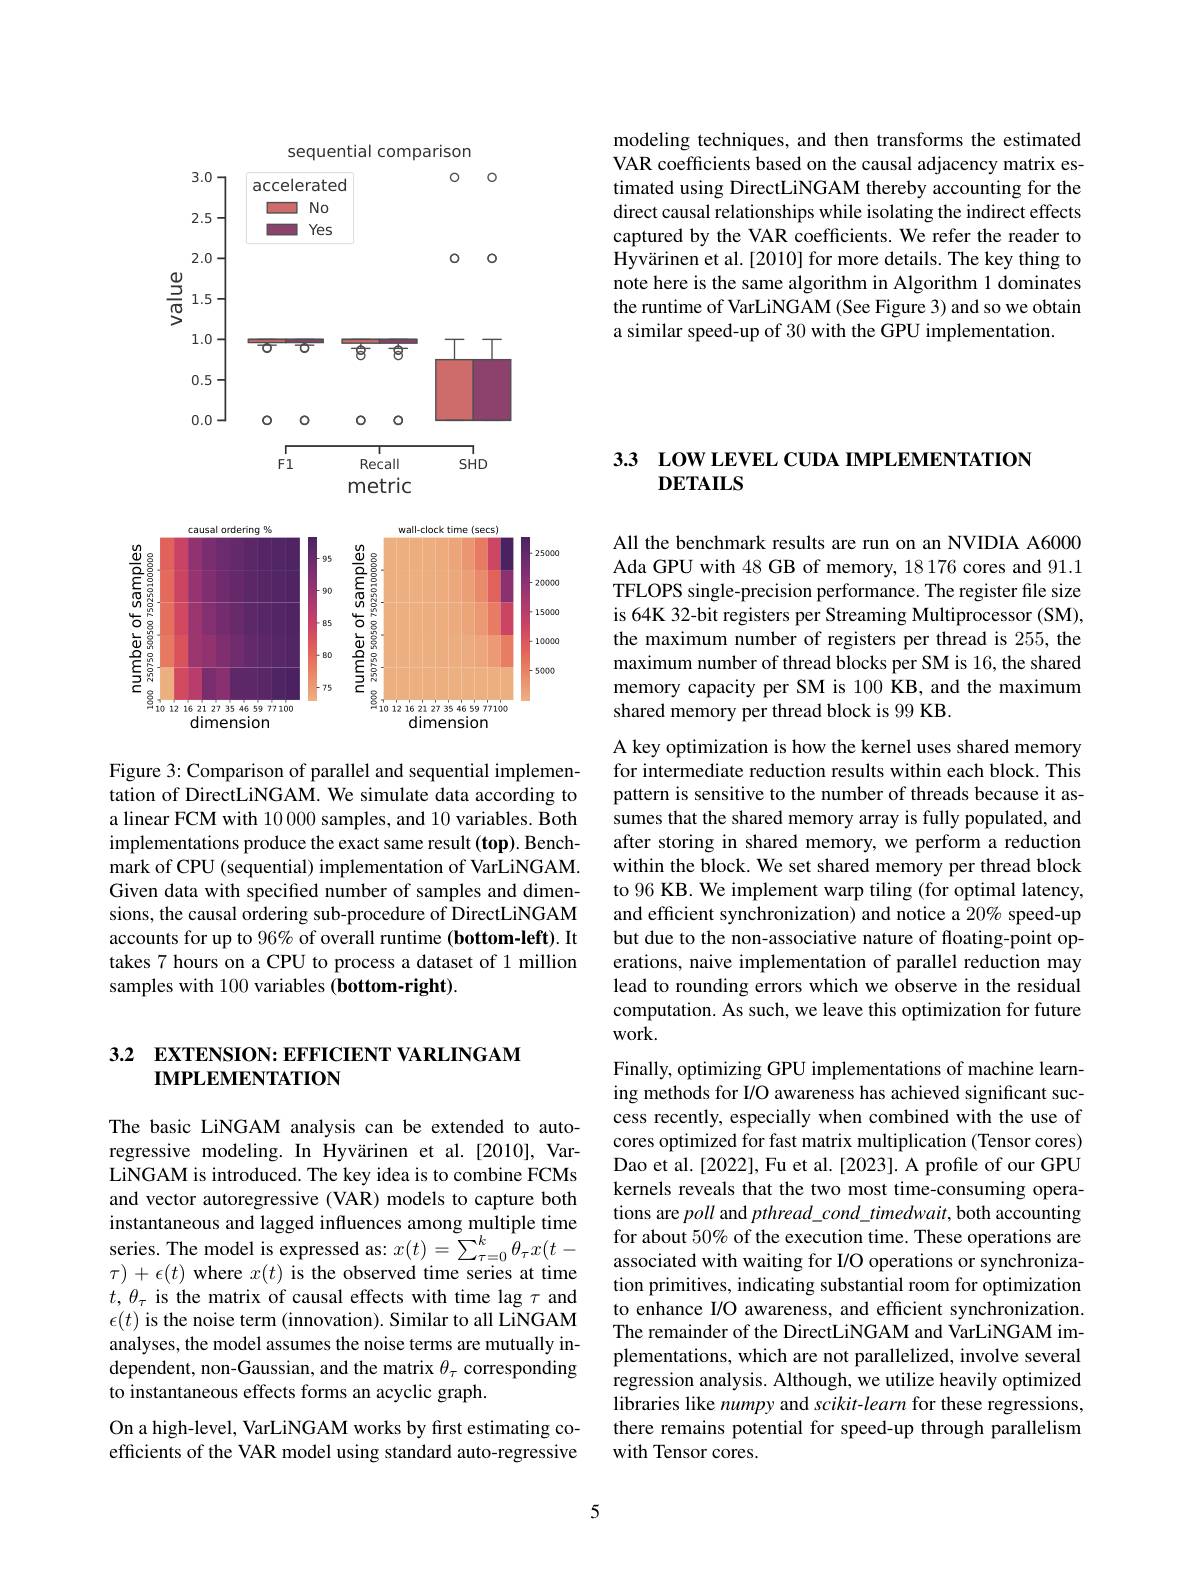
modeling techniques, and then transforms the estimated VAR coefficients based on the causal adjacency matrix estimated using DirectLiNGAM thereby accounting for the direct causal relationships while isolating the indirect effects captured by the VAR coefficients. We refer the reader to Hyvärinen et al.[2010] for more details. The key thing to note here is the same algorithm in Algorithm 1 dominates the runtime of VarLiNGAM (See Figure 3) and so we obtain a similar speed-up of 30 with the GPU implementation.

<FigureHere>
Figure 3: Comparison of parallel and sequential implemen-

tation of DirectLiNGAM. We simulate data according to a linear FCM with 10000 samples, and 10 variables. Both implementations produce the exact same result (top). Benchmark of CPU (sequential) implementation of VarLiNGAM. Given data with specified number of samples and dimensions, the causal ordering sub-procedure of DirectLiNGAM accounts for up to 96% of overall runtime (bottom-left). It takes 7 hours on a CPU to process a dataset of 1 million samples with 100 variables (bottom-right).

## 3.2 EXTENSION: EFFICIENT VARLINGAM IMPLEMENTATION

The basic LiNGAM analysis can be extended to autoregressive modeling.In Hyvärinen et al.[2010],VarLiNGAM is introduced. The key idea is to combine FCMs and vector autoregressive (VAR) models to capture both instantaneous and lagged influences among multiple time series. The model is expressed as: $x(t)=\sum_{\tau=0}^{k}\hat{\theta}_{\tau}x(t-$ $\tau)+\epsilon(t)$ where $x(t)$ is the observed time series at time $t,\theta_\tau$ is the matrix of causal effects with time lag $\tau$ and $\epsilon(t)$ is the noise term (innovation). Similar to all LiNGAM analyses, the model assumes the noise terms are mutually independent, non-Gaussian, and the matrix $\theta_\tau$ corresponding to instantaneous effects forms an acyclic graph.
On a high-level, VarLiNGAM works by first estimating coefficients of the VAR model using standard auto-regressive

3.3 LOW LEVEL CUDA IMPLEMENTATION
## $DETAILS$

All the benchmark results are run on an NVIDIA A6000 Ada GPU with 48 GB of memory, 18 176 cores and 91.1 TFLOPS single-precision performance. The register file size is 64K 32-bit registers per Streaming Multiprocessor (SM), the maximum number of registers per thread is 255, the maximum number of thread blocks per SM is 16, the shared memory capacity per SM is 100 KB, and the maximum shared memory per thread block is 99 KB.

A key optimization is how the kernel uses shared memory for intermediate reduction results within each block. This pattern is sensitive to the number of threads because it assumes that the shared memory array is fully populated, and after storing in shared memory, we perform a reduction within the block. We set shared memory per thread block to 96 KB. We implement warp tiling (for optimal latency, and efficient synchronization) and notice a 20% speed-up but due to the non-associative nature of floating-point operations, naive implementation of parallel reduction may lead to rounding errors which we observe in the residual computation. As such, we leave this optimization for future work.

Finally, optimizing GPU implementations of machine learning methods for I/O awareness has achieved significant success recently, especially when combined with the use of cores optimized for fast matrix multiplication (Tensor cores) Dao et al.[2022], Fu et al.[2023]. A profile of our GPU kernels reveals that the two most time-consuming operations are poll and $pthread\_cond\_timedwait$,both accounting for about 50% of the execution time. These operations are associated with waiting for I/O operations or synchronization primitives, indicating substantial room for optimization to enhance I/O awareness, and efficient synchronization. The remainder of the DirectLiNGAM and VarLiNGAM implementations, which are not parallelized, involve several regression analysis. Although, we utilize heavily optimized libraries like numpy and scikit-learn for these regressions, there remains potential for speed-up through parallelism with Tensor cores.

5